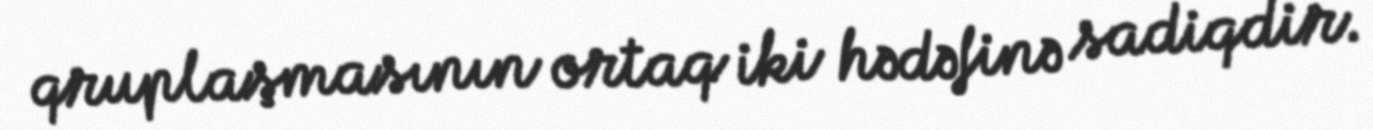
qruplaşmasının ortaq iki hədəfinə sadiqdir.